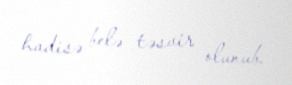
hadisə belə təsvir olunub.